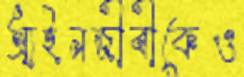
আইনজীবীকেও